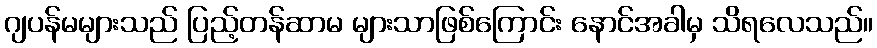
ဂျပန်မများသည် ပြည့်တန်ဆာမ များသာဖြစ်ကြောင်း နောင်အခါမှ သိရလေသည်။